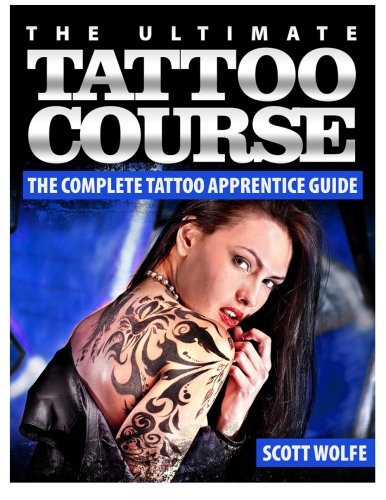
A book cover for The Ultimate Tattoo Course: The Complete Tattoo Apprentice Guide; Mr Scott Wolfe; Arts & Photography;